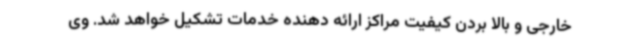
خارجی و بالا بردن کیفیت مراکز ارائه‌ دهنده خدمات تشکیل خواهد شد. وی